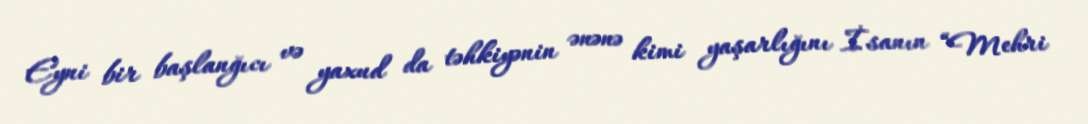
Eyni bir başlanğıcı və yaxud da təhkiyənin ənənə kimi yaşarlığını İsanın “Mehri